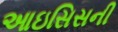
આઇસિસની